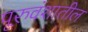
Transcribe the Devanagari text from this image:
पूरुवंशातील